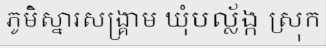
ភូមិស្នារសង្គ្រាម ឃុំបល្ល័ង្ក ស្រុក